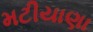
મટીયાણા